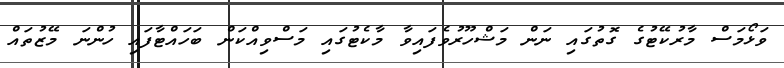
ވަޅޯމަސް މާރުކޭޓުގެ ގޮތުގައި ނަން މަޝްހޫރުވެފައިވާ މާކެޓުގައި މަސްވިއްކަން ބަހައްޓާފައި ހުންނަ މޭޒުތައް